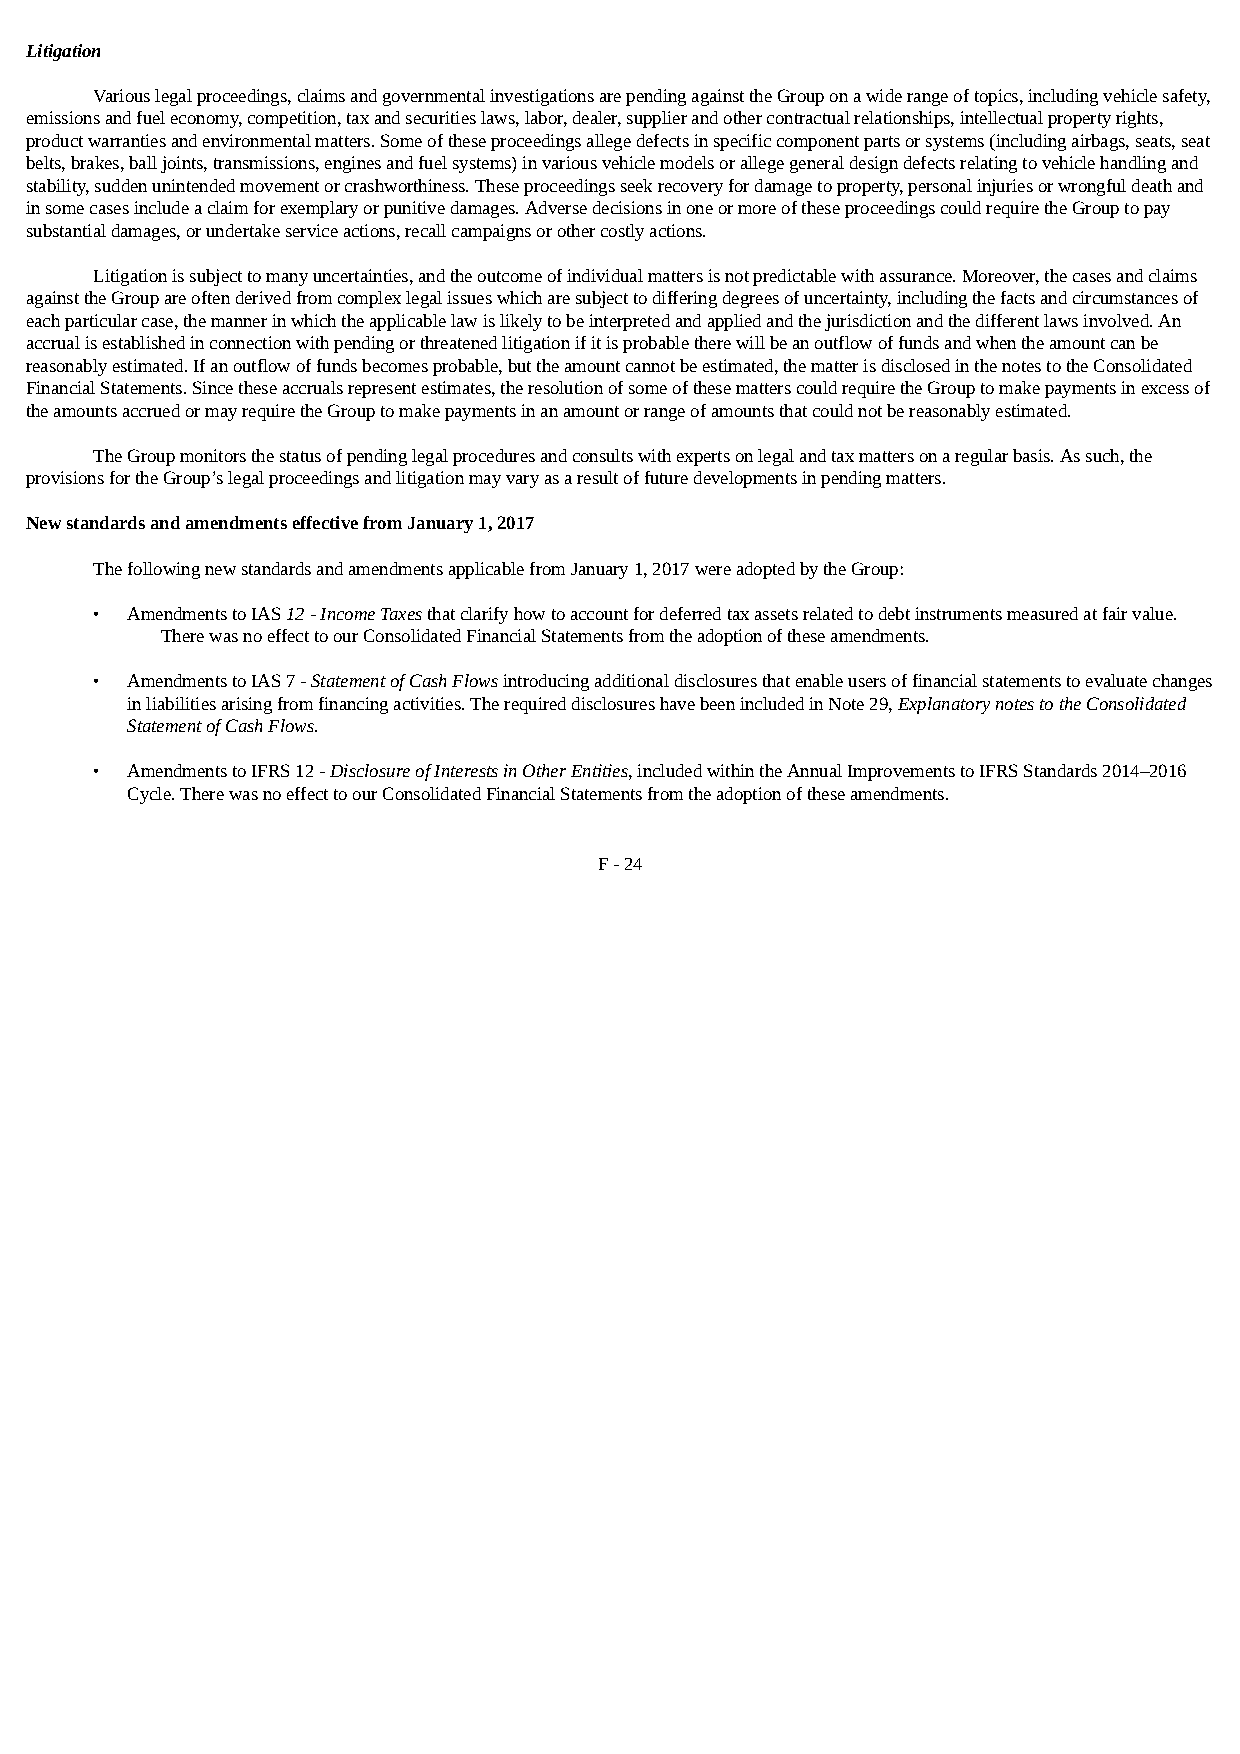
Litigation
 Various legal proceedings, claims and governmental investigations are pending against the Group on a wide range of topics, including vehicle safety,
 emissions and fuel economy, competition, tax and securities laws, labor, dealer, supplier and other contractual relationships, intellectual property rights,
 product warranties and environmental matters. Some of these proceedings allege defects in specific component parts or systems (including airbags, seats, seat
 belts, brakes, ball joints, transmissions, engines and fuel systems) in various vehicle models or allege general design defects relating to vehicle handling and
 stability, sudden unintended movement or crashworthiness. These proceedings seek recovery for damage to property, personal injuries or wrongful death and
 in some cases include a claim for exemplary or punitive damages. Adverse decisions in one or more of these proceedings could require the Group to pay
 substantial damages, or undertake service actions, recall campaigns or other costly actions.
 Litigation is subject to many uncertainties, and the outcome of individual matters is not predictable with assurance. Moreover, the cases and claims
 against the Group are often derived from complex legal issues which are subject to differing degrees of uncertainty, including the facts and circumstances of
 each particular case, the manner in which the applicable law is likely to be interpreted and applied and the jurisdiction and the different laws involved. An
 accrual is established in connection with pending or threatened litigation if it is probable there will be an outflow of funds and when the amount can be
 reasonably estimated. If an outflow of funds becomes probable, but the amount cannot be estimated, the matter is disclosed in the notes to the Consolidated
 Financial Statements. Since these accruals represent estimates, the resolution of some of these matters could require the Group to make payments in excess of
 the amounts accrued or may require the Group to make payments in an amount or range of amounts that could not be reasonably estimated.
 The Group monitors the status of pending legal procedures and consults with experts on legal and tax matters on a regular basis. As such, the
 provisions for the Group’s legal proceedings and litigation may vary as a result of future developments in pending matters.
 New standards and amendments effective from January 1, 2017
 The following new standards and amendments applicable from January 1, 2017 were adopted by the Group:
 • Amendments to IAS 12 - Income Taxes that clarify how to account for deferred tax assets related to debt instruments measured at fair value.
 There was no effect to our Consolidated Financial Statements from the adoption of these amendments.
 • Amendments to IAS 7 - Statement of Cash Flows introducing additional disclosures that enable users of financial statements to evaluate changes
 in liabilities arising from financing activities. The required disclosures have been included in Note 29, Explanatory notes to the Consolidated
 Statement of Cash Flows.
 • Amendments to IFRS 12 - Disclosure of Interests in Other Entities, included within the Annual Improvements to IFRS Standards 2014–2016
 Cycle. There was no effect to our Consolidated Financial Statements from the adoption of these amendments.
 F - 24